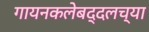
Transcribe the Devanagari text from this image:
गायनकलेबद्दलच्या